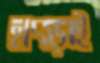
হাৎড়াই